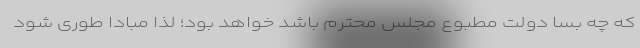
که چه بسا دولت مطبوع مجلس محترم باشد خواهد بود؛ لذا مبادا طوری شود